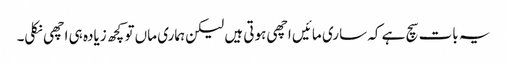
یہ بات سچ ہے کہ ساری مائیں اچھی ہوتی ہیں لیکن ہماری ماں تو کچھ زیادہ ہی اچھی نکلی۔